Lunatic asylums in Bengal annual reports 1899-1911 - 1899-1911
Year: 1899
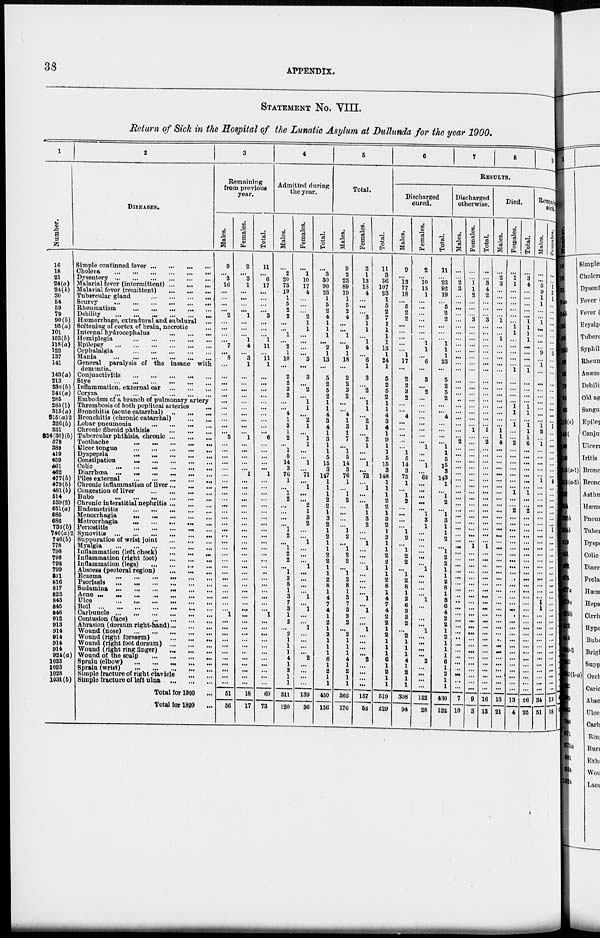
38
APPENDIX.
STATEMENT NO. VIII.
Return of Sick in the Hospital of the Lunatic Asylum at Dullunda for the year 1900.
1
Number.
16
18
21
24(a)
24(b)
30
54
59
79
90(b)
95(a)
101
103(b)
118(a)
122
137
141
143(a)
213
230(b)
241(a)
285
285(1)
315(a)
3l5(a)2
326(b)
331
334(30) (b)
378
380
419
459
461
462
477(b)
479(b)
481(b)
514
539(2)
651(a)
685
686
733(b)
746(a)2
746(b)
778
798
798
798
799
811
816
817
822
843
845
846
912
913
914
914
914
914
924 (a)
1023
1023
1028
1031(b)
2
DISEASES.
Simple continued fever ... ... ... ...
Cholera
...
...
...
...
...
...
Dysentery
...
...
...
...
...
...
Malarial fever (intermittent)
...
...
...
Malarial fever (remittent)
...
...
...
Tubercular gland
...
...
...
Scurvy
...
...
...
...
...
...
Rheumatism
...
...
...
...
...
Debility
...
...
...
...
...
Hæmorrhage, extradural and subdural ...
Softening of cortex of brain, necrotic ...
Internal hydrocephalus
...
...
...
Hemiplegia
...
...
...
...
...
Epilepsy
...
...
...
...
...
...
Cephalalgia
...
...
...
...
...
Mania ... ... ... ... ... ...
General paralysis of the insane with
dementia.
Conjunctivitis ... ... ... ... ... ...
Stye
...
...
...
...
...
...
Inflammation, external ear
...
...
...
Coryza
...
...
...
...
...
...
Embolism of a branch of pulmonary artery
Thrombosis of both popliteal arteries
...
Bronchitis (acute catarrhal)
...
...
...
Bronchitis (chronic catarrhal)
...
...
Lobar pneumonia
...
...
...
...
Chronic fibroid phthisis
...
...
...
Tubercular phthisis, chronic
...
...
...
Toothache
...
...
...
...
...
Ulcer tongue
...
...
...
...
...
Dyspepsia
...
...
...
...
...
...
Constipation
...
...
...
...
...
Colic
...
...
...
...
...
...
Diarrhœa ...
...
...
...
...
...
Piles external
...
...
...
...
...
...
Chronic inflammation of liver ... ... ...
Congestion of liver
...
...
...
...
...
Bubo
...
...
...
...
...
Chronic interstitial nephritis ... ... ...
Endometritis
...
...
...
...
...
Menorrhagia
...
...
...
...
...
Metrorrhagia
...
...
...
...
...
Periostitis
...
...
...
...
...
...
Synovitis
...
...
...
...
...
...
Suppuration of wrist joint
...
...
...
Myalgia
...
...
...
...
...
Inflammation (left cheek)
...
...
...
Inflammation (right foot)
...
...
...
Inflammation (legs)
...
...
...
Abscess (pectoral region)
...
...
...
Eczema
...
...
...
...
...
...
Psoriasis
...
...
...
...
...
...
Sudamina
...
...
...
...
...
...
Acne
...
...
...
...
...
...
Ulce ... ... ... ... ... ...
Boil
...
...
...
...
...
...
Carbuncle
...
...
...
...
...
...
Contusion (face)
...
...
...
...
Abrasion (dorsum right-hand) ... ... ...
Wound (nose)
...
...
...
...
...
Wound (right forearm)
...
...
...
Wound (right foot dorsum)
...
...
...
Wound (right ring finger)
...
...
...
Wound of the scalp
...
...
...
...
Sprain (elbow
...
...
...
...
...
Sprain (wrist)
...
...
...
...
...
Simple fracture of right clavicle
...
...
Simple fracture of left ulna
...
...
...
Total for 1900 ...
Total for 1899 ...
3
Remaining
from previous
year.
Males.
9
...
3
16
...
...
...
...
2
...
...
...
...
7
...
8
...
...
...
...
...
...
...
...
...
...
...
5
...
...
...
...
...
...
...
...
...
...
...
...
...
...
...
...
...
...
...
...
...
...
...
...
...
...
...
...
1
...
...
...
...
...
...
...
...
...
...
...
51
56
Females.
2
...
3
1
...
...
...
...
1
...
...
...
1
4
...
3
1
...
...
...
...
...
...
...
...
...
...
1
...
...
...
...
...
1
...
...
...
...
...
...
...
...
...
...
...
...
...
...
...
...
...
...
...
...
...
...
...
...
...
...
...
...
...
...
...
...
...
...
18
17
Total.
11
...
6
17
...
...
...
...
3
...
...
...
1
11
...
11
1
...
...
...
...
...
...
...
...
...
...
6
...
...
...
...
...
1
...
...
...
...
...
...
...
...
...
...
...
...
...
...
...
...
...
...
...
...
...
...
1
...
...
...
...
...
...
...
...
...
...
...
69
73
4
Admitted during
the year.
Males.
...
2
20
73
19
1
5
2
2
...
...
1
...
2
1
10
...
2
2
3
2
...
...
4
1
3
1
2
...
1
5
14
3
76
1
...
1
2
...
...
...
...
1
2
...
1
2
2
...
1
2
8
1
3
7
3
1
2
...
2
1
1
1
4
1
2
1
1
311
120
Females.
...
1
10
17
4
...
...
...
2
1
1
...
...
...
...
3
...
3
...
2
...
1
1
...
2
1
...
1
1
...
...
1
...
71
...
1
...
...
2
1
3
2
...
...
1
...
...
...
1
...
...
...
...
1
...
1
...
...
1
...
...
...
...
2
...
...
...
...
139
36
Total.
...
3
30
90
23
1
5
2
4
1
1
1
...
2 1
13
...
5
2
5
2
1
1
4
3
4
1
3
1
1
5
15
3
147
1
1
1
2
2
1
3
2
1
2
1
1
2
2
1
1
2
8
1
4
7
4
1
2
1
2
1
1
1
6
1
2
1
1
450
156
5
Total.
Males.
9
2
23
89
19
1
5
2
4
...
...
1
...
9
1
18
...
2
2
3
2
...
...
4
1
3
1
7
...
1
5
14
3
76
1
...
1
2
...
...
...
...
1
2
...
1
2
2
...
1
2
8
1
3
7
3
2
2
...
2
1
1
1
4
1
2
1
1
362
176
Females.
2
1
13
18
4
...
...
...
3
1
1
...
1
4
...
6
1
3
...
2
...
1
1
...
2
1
...
2
1
...
...
1
...
72
...
1
...
...
2
1
3
2
...
...
1
...
...
...
1
...
...
...
...
1
...
1
...
...
1
...
...
...
...
2
...
...
...
...
157
53
Total.
11
3
36
107
23
1
5
2
7
1
1
1
1
13
1
24
1
5
2
5
2
1
1
4
3
4
1
9
1
1
5
15
3
148
1
1
1
2
2
1
3
2
1
2
1
1
2
2
1
1
2
8
1
4
7
4
2
2
1
2
1
1
1
6
1
2
1
1
519
229
6
7
8
9
RESULTS.
Discharged
cured.
Males.
9
...
13
77
18
...
5
2
2
...
...
...
...
...
1
17
...
2
2
3
2
...
...
4
...
...
...
...
...
1
5
14
3
75
1
...
1
2
...
...
...
...
1
2
...
1
2
2
...
1
2
8
1
2
6
3
2
2
...
2
1
1
1
4
1
2
1
1
308
94
Females.
2
...
10
15
1
...
...
...
...
...
...
...
1
1
...
6
...
3
...
2
...
...
...
...
...
...
...
...
1
...
...
1
...
68
...
...
...
...
...
1
3
1
...
...
...
...
...
...
1
...
...
...
...
1
...
1
...
...
1
...
...
...
...
2
...
...
...
...
122
28
Total.
11
...
23
92
19
...
5
2
2
...
...
...
1
1
1
23
...
5
2
5
2
...
...
4
...
...
...
...
1
1
5
15
3
143
1
...
l
2
...
1
3
1
1
2
...
l
2
2
1
1
2
8
1
3
6
4
2
2
1
2
1
1
1
6
1
2
1
1
430
122
Discharged
otherwise.
Males.
...
...
2
3
...
...
...
...
...
...
...
...
...
...
...
...
...
...
...
...
...
...
...
...
...
...
...
2
...
...
...
...
...
...
...
...
...
...
...
...
...
...
...
...
...
...
...
...
...
...
...
...
...
...
...
...
...
...
...
...
...
...
...
...
...
...
...
...
7
10
Females.
...
...
1
1
2
...
...
...
3
...
...
...
...
...
...
...
...
...
...
...
...
...
...
...
...
1
...
...
...
...
...
...
...
...
...
...
...
...
...
...
...
...
...
...
1
...
...
...
...
...
...
...
...
...
...
...
...
...
...
...
...
...
...
...
...
...
...
...
9
3
Total.
...
...
3
4
2
...
...
...
3
...
...
...
...
...
...
...
...
...
...
...
...
...
...
...
...
1
...
2
...
...
...
...
...
...
...
...
...
...
...
...
...
...
...
...
1
...
...
...
...
...
...
...
...
...
...
...
...
...
...
...
...
...
...
...
...
...
...
...
16
13
Died.
Males.
...
2 3
...
...
...
...
...
1
...
...
1
...
...
...
...
...
...
...
...
...
...
...
...
...
1
1
4
...
...
...
...
...
...
...
...
...
...
...
...
...
...
...
...
...
...
...
...
...
...
...
...
...
...
...
...
...
...
...
...
...
...
...
...
...
...
...
...
13
21
Females.
...
1 1
...
...
...
...
...
...
1
1
...
...
...
...
...
1
...
...
...
...
1
1
...
1 ...
...
2
...
...
...
...
...
...
...
1
...
...
2
...
...
...
...
...
...
...
...
...
...
...
...
...
...
...
...
...
...
...
...
...
...
...
...
...
...
...
...
...
13
4
Total.
...
3
4
...
...
...
...
...
1
1
1
1
...
...
...
...
1
...
...
...
...
1 1
...
1
1
1
6
...
...
...
...
...
...
...
1
...
...
2
...
...
...
...
...
...
...
...
...
...
...
...
...
...
...
...
...
...
...
...
...
...
...
...
...
...
...
...
...
26
25
Remaining
sick.
Males.
...
...
5
9
1
1
...
...
1
...
...
...
...
9
...
1
...
...
...
...
...
...
...
...
1 2
...
1
...
...
...
...
...
1
...
...
...
...
...
...
...
...
...
...
...
...
...
...
...
...
...
...
...
1
1
...
...
...
...
...
...
...
...
...
...
...
...
...
34
51
Females.
...
...
1
2
1
...
...
...
...
...
...
...
...
3
...
...
...
...
...
...
...
...
...
...
1
...
...
...
...
...
...
...
...
4
...
...
...
...
...
...
...
1
...
...
...
...
...
...
...
...
...
...
...
...
...
...
...
...
...
...
...
...
...
...
...
...
...
...
18
18